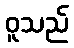
ဝူသည်